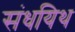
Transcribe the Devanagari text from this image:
संधयिथ